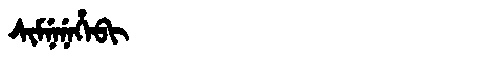
Manchu: ᠰᡳᠮᠨᡝᠨᡝᡥᡝᠪᡳ
Romanization: SIMNENEHEBI